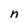
Character: n